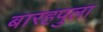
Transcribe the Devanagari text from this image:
बारहपुला